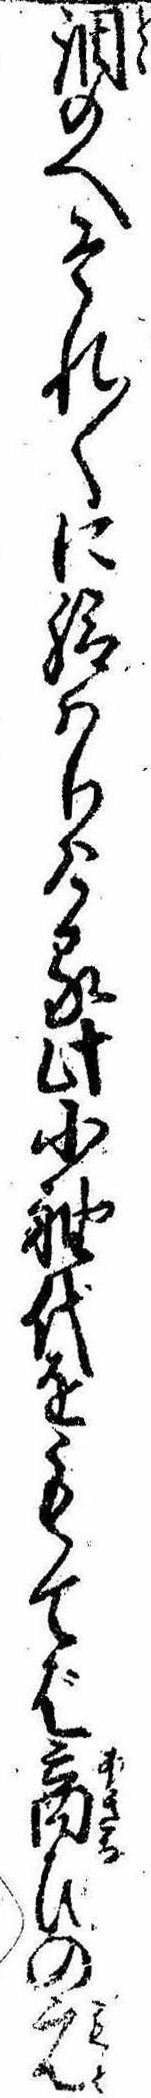
調のへそれ〱に給はりける此小袖代をもてば商ひの元